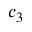
c _ { 3 }